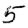
Digit: 5